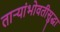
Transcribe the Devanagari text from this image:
ताऱ्यांभोवतीसुद्धा